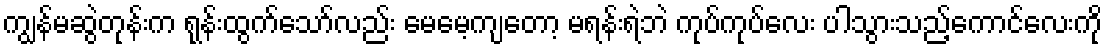
ကျွန်မဆွဲတုန်းက ရုန်းထွက်သော်လည်း မေမေ့ကျတော့ မရန်းရဲဘဲ ကုပ်ကုပ်လေး ပါသွားသည့်ကောင်လေးကို